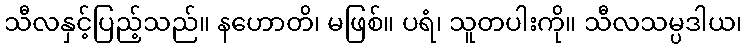
သီလနှင့်ပြည့်သည်။ နဟောတိ၊ မဖြစ်။ ပရံ၊ သူတပါးကို။ သီလသမ္ပဒါယ၊